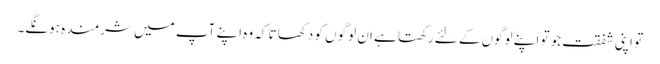
تو اپنی شفقت جو تو اپنے لوگوں کے لئے رکھتا ہے ان لوگوں کو دکھا تا کہ وہ اپنے آپ میں شرمندہ ہونگے۔